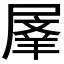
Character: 𭕬